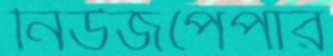
নিউজপেপার